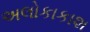
અલોકાકાશ